Indian journal of veterinary science and animal husbandry - Volume 8,
Year: 1938
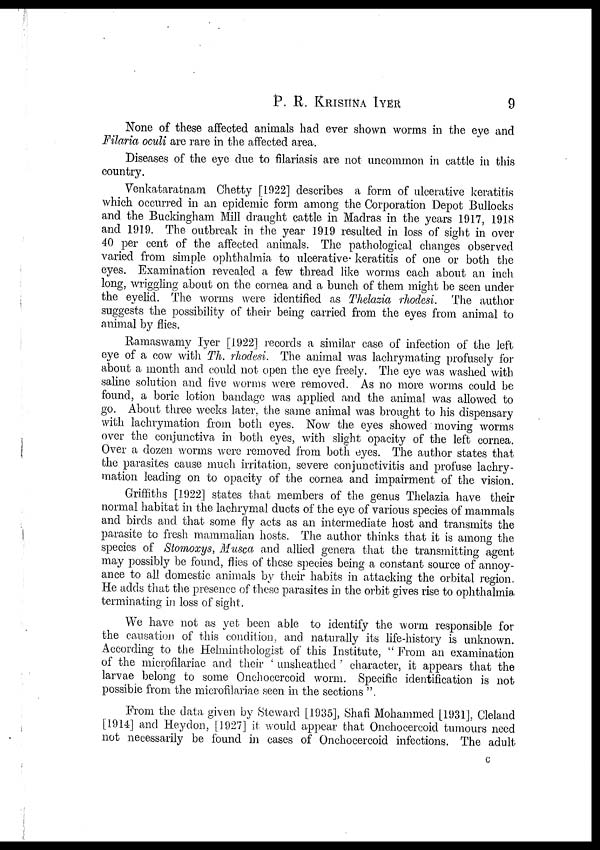
P. R.
KRISHNA
IYER
9
None of these affected animals had ever shown worms in the eye and
Filaria oculi are rare in the affected area.
Diseases of the eye due to filariasis are not uncommon in cattle in this
country.
Venkataratnam Chetty [1922] describes a form of ulcerative keratitis
which occurred in an epidemic form among the Corporation Depot Bullocks
and the Buckingham Mill draught cattle in Madras in the years 1917, 1918
and 1919. The outbreak in the year 1919 resulted in loss of sight in over
40 per cent of the affected animals. The pathological changes observed
varied from simple ophthalmia to ulcerative keratitis of one or both the
eyes. Examination revealed a few thread like worms each about an inch
long, wriggling about on the cornea and a bunch of them might be seen under
the eyelid. The worms were identified as Thelazia rhodesi. The author
suggests the possibility of their being carried from the eyes from animal to
animal by flies.
Ramaswamy Iyer [1922] records a similar case of infection of the left
eye of a cow with Th. rhodesi. The animal was lachrymating profusely for
about a month and could not open the eye freely. The eye was washed with
saline solution and five worms were removed. As no more worms could be
found, a boric lotion bandage was applied and the animal was allowed to
go. About three weeks later, the same animal was brought to his dispensary
with lachrymation from both eyes. Now the eyes showed moving worms
over the conjunctiva in both eyes, with slight opacity of the left cornea.
Over a dozen worms were removed from both eyes. The author states that
the parasites cause much irritation, severe conjunctivitis and profuse lachry-
mation leading on to opacity of the cornea and impairment of the vision.
Griffiths [1922] states that members of the genus Thelazia have their
normal habitat in the lachrymal ducts of the eye of various species of mammals
and birds and that some fly acts as an intermediate host and transmits the
parasite to fresh mammalian hosts. The author thinks that it is among the
species of Stomoxys, Musca and allied genera that the transmitting agent
may possibly be found, flies of these species being a constant source of annoy-
ance to all domestic animals by their habits in attacking the orbital region.
He adds that the presence of these parasites in the orbit gives rise to ophthalmia
terminating in loss of sight.
We have not as yet been able to identify the worm responsible for
the causation of this condition, and naturally its life-history is unknown.
According to the Helminthologist of this Institute, " From an examination
of the microfilariae and their ' unsheathed ' character, it appears that the
larvae belong to some Onchocercoid worm. Specific identification is not
possible from the microfilariae seen in the sections ".
From the data given by Steward [1935], Shafi Mohammed [1931], Cleland
[1914] and Heydon, [1927] it would appear that Onchocercoid tumours need
not necessarily be found in cases of Onchocercoid infections. The adult
C